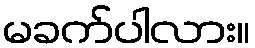
မခက်ပါလား။